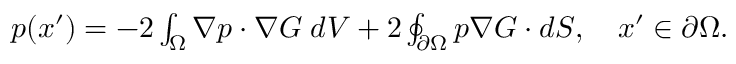
\begin{array} { r } { p ( \boldsymbol { x } ^ { \prime } ) = - 2 \int _ { \Omega } \boldsymbol { \nabla } p \cdot \boldsymbol { \nabla } G \; d V + 2 \oint _ { \partial \Omega } p \boldsymbol { \nabla } G \cdot d \boldsymbol { S } , \quad \boldsymbol { x } ^ { \prime } \in \partial \Omega . } \end{array}